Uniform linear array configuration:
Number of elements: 16
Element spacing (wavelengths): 0.75
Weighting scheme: exponential
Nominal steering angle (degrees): -45
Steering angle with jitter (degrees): -46.865
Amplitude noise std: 0.05
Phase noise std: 0.05

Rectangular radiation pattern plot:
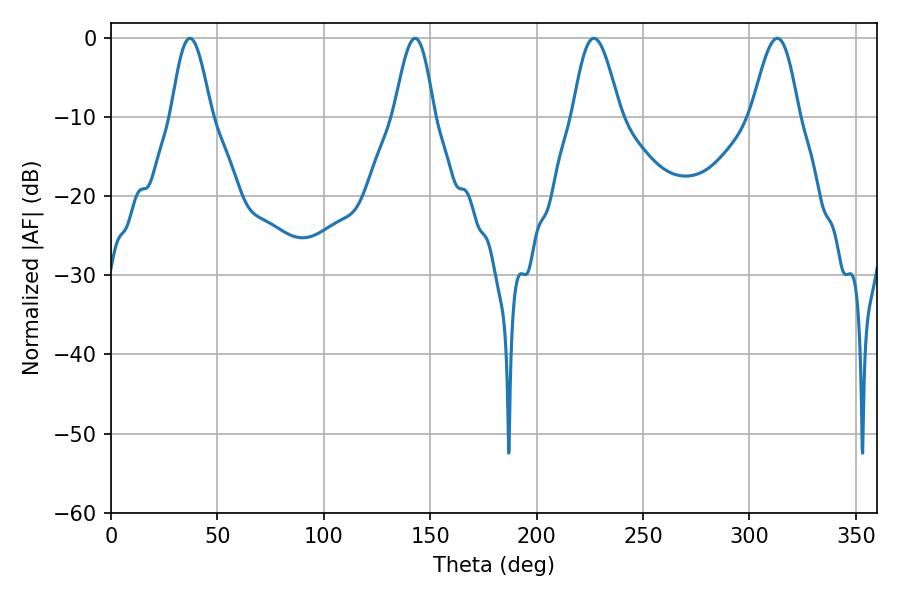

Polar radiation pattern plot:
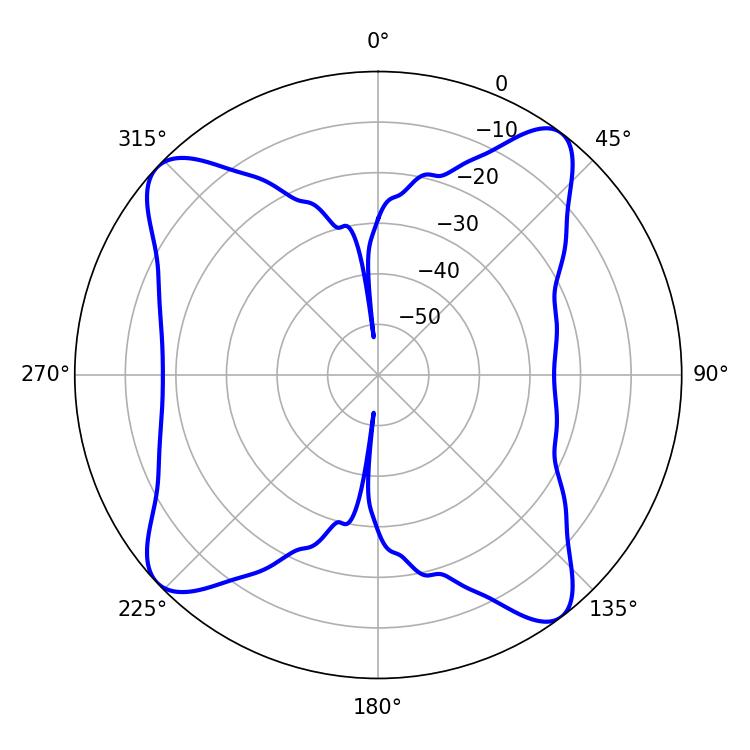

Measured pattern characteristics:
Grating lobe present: TRUE
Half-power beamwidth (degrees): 10.08
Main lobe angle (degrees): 37.08